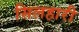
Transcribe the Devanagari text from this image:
सिलहारी